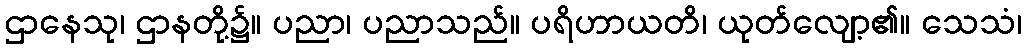
ဌာနေသု၊ ဌာနတို့၌။ ပညာ၊ ပညာသည်။ ပရိဟာယတိ၊ ယုတ်လျော့၏။ သေသံ၊